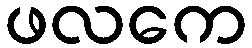
ဖလကေ